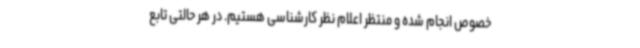
خصوص انجام شده و منتظر اعلام نظر کارشناسی هستیم. در هر حالتی تابع